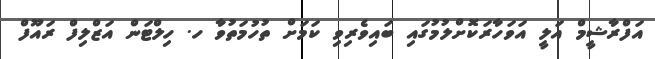
އަފްރާޝީމް އަލީ އަވަހާރަކޮށްލުމުގައި ބައިވެރިވި ކަމަށް ތުހުމަތުވާ ހ. ހިލްޓަން އަޒްލިފް ރައޫފް